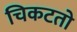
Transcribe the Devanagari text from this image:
चिकटतो